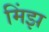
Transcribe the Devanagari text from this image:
मिंझ